Vaccination in the Punjab 1883-1896 - 1883-1896
Year: 1883
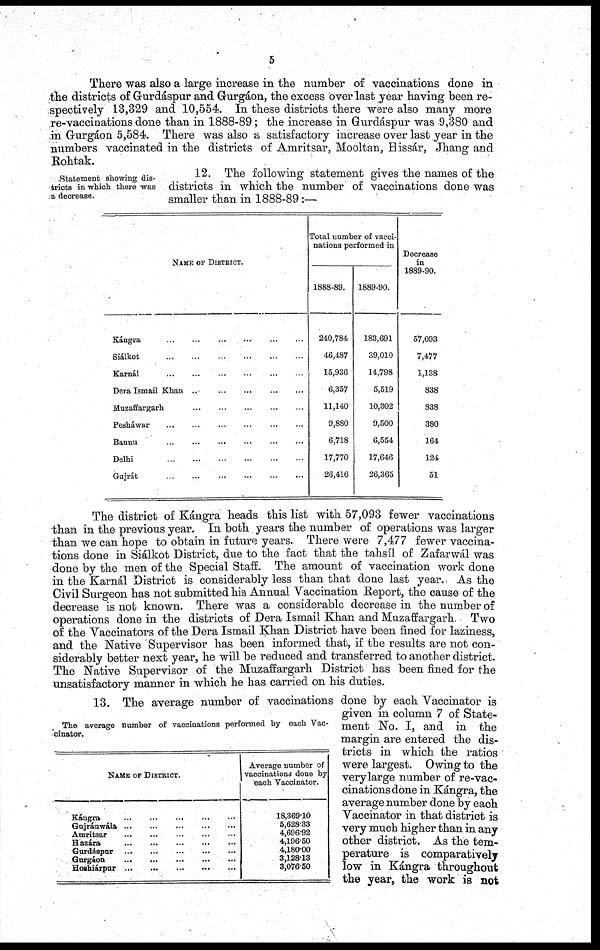
5
There was also a large increase in the number of vaccinations done in
the districts of Gurdáspur and Gurgáon, the excess over last year having been re-
spectively 13,329 and 10,554. In these districts there were also many more
re-vaccinations done than in 1888-89; the increase in Gurdáspur was 9,380 and
in Gurgáon 5,584. There was also a satisfactory increase over last year in the
numbers vaccinated in the districts of Amritsar, Mooltan, Hissár, Jhang and
Rohtak.
Statement; showing dis-
tricts in which there was
a decrease.
12. The following statement gives the names of the
districts in which the number of vaccinations done was
smaller than in 1888-89:—
NAME OF DISTRICT.
Kángra ... ... ... ... ... ...
Siálkot
...
...
...
...
...
...
Karnál ... ... ... ... ... ...
Dera Ismail Khan ... ... ... ... ... ... ...
Muzaffargarh
...
...
...
...
...
...
Pesháwar ... ... ... ... ... ...
Bannu
...
...
...
...
...
...
Delhi
...
...
...
...
...
...
Gujrát
...
...
...
...
...
...
Total number of vacci-
nations performed in
1888-89.
240,784
46,487
15,936
6,357
11,140
9,880
6,718
17,770
26,416
1889-90.
183,691
39,010
14,798
5,519
10,302
9,500
6,554
17,646
26,365
Decrease
in
1889-90.
57,093
7,477
1,138
838
838
380
164
124
51
The district of Kángra heads this list with 57,093 fewer vaccinations
than in the previous year. In both years the number of operations was larger
than we can hope to obtain in future years. There were 7,477 fewer vaccina-
tions done in Siálkot District, due to the fact that the tahsíl of Zafarwál was
done by the men of the Special Staff. The amount of vaccination work done
in the Karnál District is considerably less than that done last year. As the
Civil Surgeon has not submitted his Annual Vaccination Report, the cause of the
decrease is not known. There was a considerable decrease in the number of
operations done in the districts of Dera Ismail Khan and Muzaffargarh. Two
of the Vaccinators of the Dera Ismail Khan District have been fined for laziness,
and the Native Supervisor has been informed that, if the results are not con-
siderably better next year, he will be reduced and transferred to another district.
The Native Supervisor of the Muzaffargarh District has been fined for the
unsatisfactory manner in which he has carried on his duties.
The average number of vaccinations performed by each Vac-
cinator.
NAME OF DISTRICT.
Kángra
...
...
...
...
...
Gujránwála
...
...
...
...
...
Amritsar ... ... ... ... ...
Hazára
...
...
...
...
...
Gurdáspur
...
...
...
...
...
Gurgáon
...
...
...
...
...
Hoshiárpur
...
...
...
...
...
Average number of
vaccinations done by
each Vaccinator.
18,369.10
5,628.33
4,696.92
4,196.50
4,180.00
3,128.13
3,076.50
13. The average number of vaccinations done by each Vaccinator is
given in column 7 of State-
ment No. I, and in the
margin are entered the dis-
tricts in which the ratios
were largest. Owing to the
very large number of re-vac-
cinations done in Kángra, the
average number done by each
Vaccinator in that district is
very much higher than in any
other district. As the tem-
perature is comparatively
low in Kángra throughout
the year, the work is not